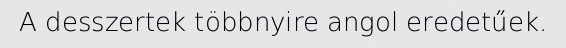
A desszertek többnyire angol eredetűek.